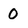
Character: 0